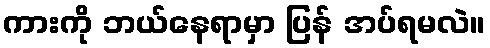
ကားကို ဘယ်နေရာမှာ ပြန် အပ်ရမလဲ။